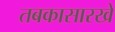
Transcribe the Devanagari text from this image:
तबकासारखे